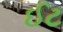
ઈટ